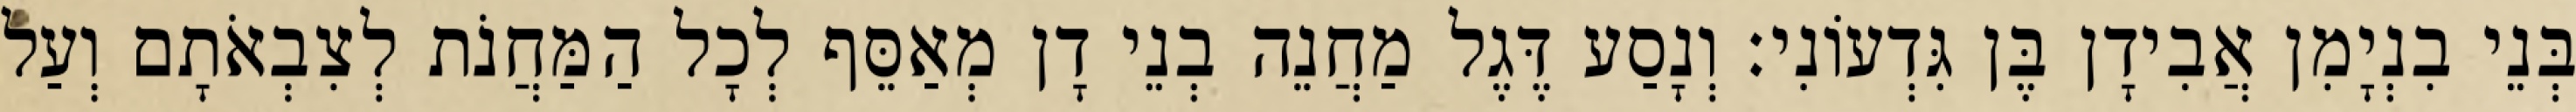
בְּנֵי בִנְיָמִן אֲבִידָן בֶּן גִּדְעוֹנִי׃ וְנָסַע דֶּגֶל מַחֲנֵה בְנֵי דָן מְאַסֵּף לְכָל הַמַּחֲנֹת לְצִבְאֹתָם וְעַל